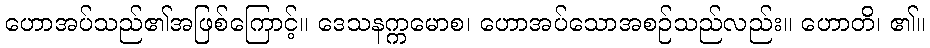
ဟောအပ်သည်၏အဖြစ်ကြောင့်။ ဒေသနက္ကမောစ၊ ဟောအပ်သောအစဉ်သည်လည်း။ ဟောတိ၊ ၏။